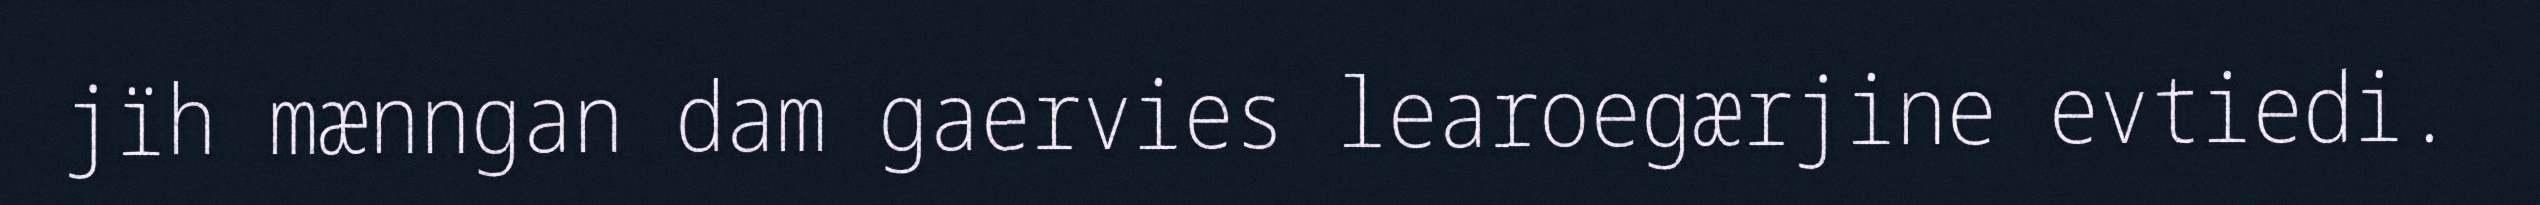
jïh mænngan dam gaervies learoegærjine evtiedi.